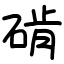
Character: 𬒔